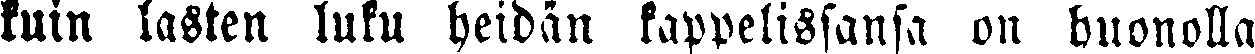
kuin lasten luku heidän kappelissansa on huonolla